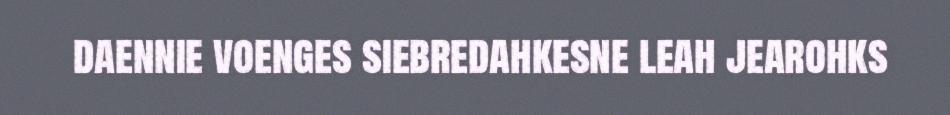
daennie voenges siebredahkesne leah jearohks